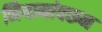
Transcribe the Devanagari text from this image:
नियामांवरून